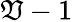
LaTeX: \mathfrak{V}-1